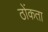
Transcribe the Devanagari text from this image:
ठोंकता